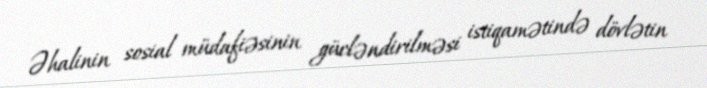
Əhalinin sosial müdafiəsinin gücləndirilməsi istiqamətində dövlətin